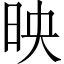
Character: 映